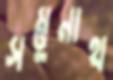
সম্ভুনাথ